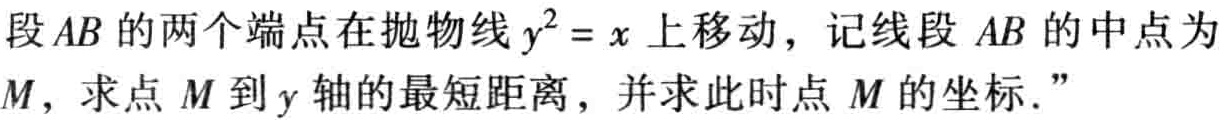
段\(AB\)的两个端点在抛物线\(y^{2}=x\)上移动，记线段\(AB\)的中点为\(M\)，求点\(M\)到\(y\)轴的最短距离，并求此时点\(M\)的坐标．”